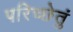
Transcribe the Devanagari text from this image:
परिच्छेतुं